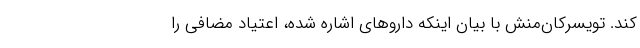
کند. تویسرکان‌منش با بیان اینکه داروهای اشاره شده، اعتیاد مضافی را